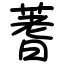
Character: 蓍